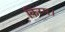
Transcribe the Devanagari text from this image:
किस्म।